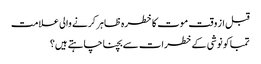
قبل از وقت موت کا خطرہ ظاہر کرنے والی علامت
تمباکو نوشی کے خطرات سے بچنا چاہتے ہیں؟